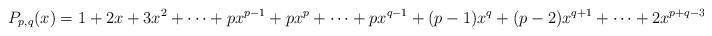
LaTeX: \begin{align*}P_{p,q}(x)=1+2x+3x^2+\dots +px^{p-1}+px^{p}+\dots +px^{q-1}+(p-1)x^q+(p-2)x^{q+1} +\dots +2x^{p+q-3}+x^{p+q-2}\end{align*}